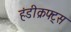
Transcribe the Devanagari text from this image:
हंडीक्रफ्ट्स